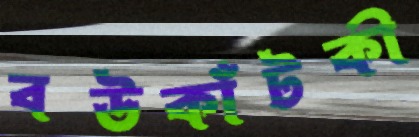
বউকাঁটকী